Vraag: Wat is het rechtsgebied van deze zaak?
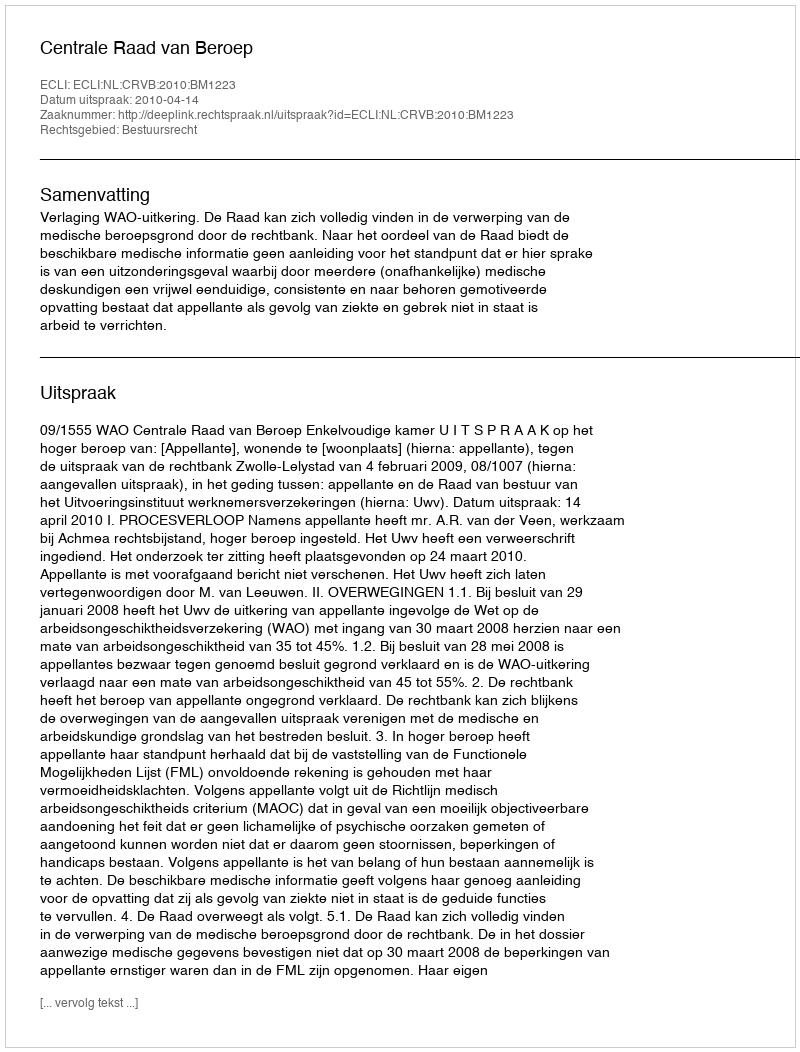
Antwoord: Bestuursrecht